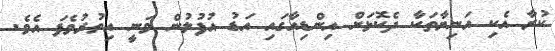
ކުރާ އެކި އަނިޔާތަކާ ދެކޮޅަށް އިންޑިއާގައި އަޑު އުފުލުން ވަނީ އިތުރުވެފަ އެވެ.